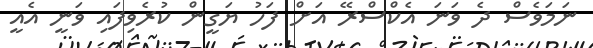
ނަމަވެސް ދެ ވަނަ އެކްސްރޭ އަށް ފަހު ޔަގީން ކުރެވިފައި ވަނީ އެއީ